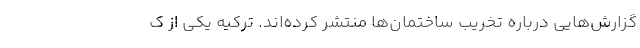
گزارش‌هایی درباره تخریب ساختمان‌ها منتشر کرده‌اند. ترکیه یکی از ک